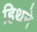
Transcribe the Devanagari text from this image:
हिथने